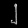
Digit: ၂